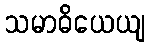
သမာဓိယေယျ